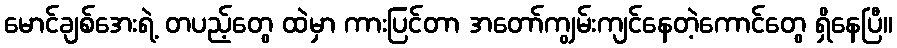
မောင်ချစ်အေးရဲ့ တပည့်တွေ ထဲမှာ ကားပြင်တာ အတော်ကျွမ်းကျင်နေတဲ့ကောင်တွေ ရှိနေပြီ။